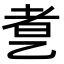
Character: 乽